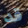
قد